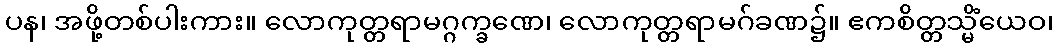
ပန၊ အဖို့တစ်ပါးကား။ လောကုတ္တရာမဂ္ဂက္ခဏေ၊ လောကုတ္တရာမဂ်ခဏ၌။ ဧကစိတ္တသ္မိံယေဝ၊